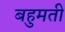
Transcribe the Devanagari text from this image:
बहुमती